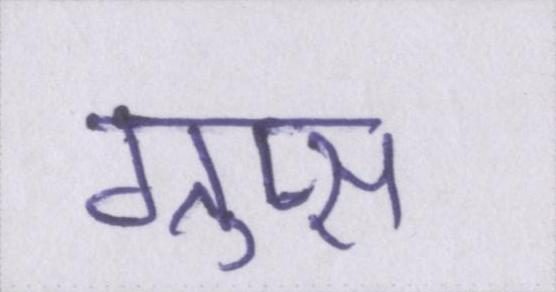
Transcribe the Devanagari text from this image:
ग्रुप्स